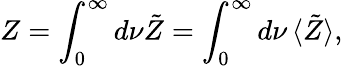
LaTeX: Z=\int_{0}^{\infty}d\nu\tilde{Z}=\int_{0}^{\infty}d\nu\, \langle\tilde{Z}\rangle,